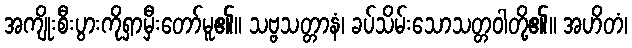
အကျိုးစီးပွားကိုရှာမှီးတော်မူ၏။ သဗ္ဗသတ္တာနံ၊ ခပ်သိမ်းသောသတ္တဝါတို့၏။ အဟိတံ၊